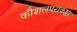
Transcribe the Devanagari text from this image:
कौशलपराकष्ठा